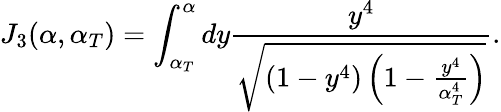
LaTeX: J_{3}(\alpha,\alpha_{T})=\int_{\alpha_{T}}^{\alpha}dy\frac{y^{4}}{\sqrt{(1-y^{4})\left(1-\frac{y^{4}}{\alpha_{T}^{4}}\right)}}.